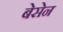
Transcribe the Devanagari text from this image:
बेसेन